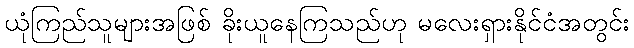
ယုံကြည်သူများအဖြစ် ခိုးယူနေကြသည်ဟု မလေးရှားနိုင်ငံအတွင်း